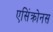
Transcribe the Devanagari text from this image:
एसिंक्रोनस